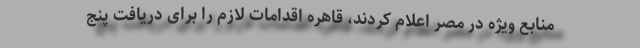
منابع ویژه در مصر اعلام کردند، قاهره اقدامات لازم را برای دریافت پنج